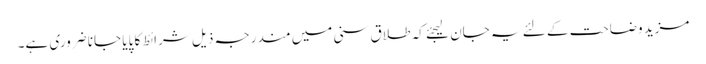
مزید وضاحت کے لئے یہ جان لیجئے کہ طلاق سنی میں مندرجہ ذیل شرائط کا پایا جانا ضروری ہے۔